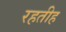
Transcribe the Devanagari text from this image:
रहतीह